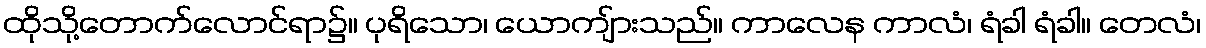
ထိုသို့တောက်လောင်ရာ၌။ ပုရိသော၊ ယောကျ်ားသည်။ ကာလေန ကာလံ၊ ရံခါ ရံခါ။ တေလံ၊